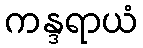
ကန္ဒရာယံ